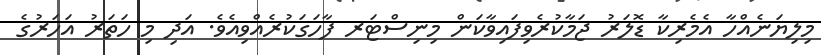
މިލިޔަނެއްހާ އެމެރިކާ ޑޮލަރު ޖަމާކުރެވިފައިވާކަން މިނިސްޓަރ ފާހަގަކުރެއްވިއެވެ. އަދި މި ހަތަރު އަހަރުގެ